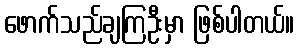
ဖောက်သည်ချကြဦးမှာ ဖြစ်ပါတယ်။